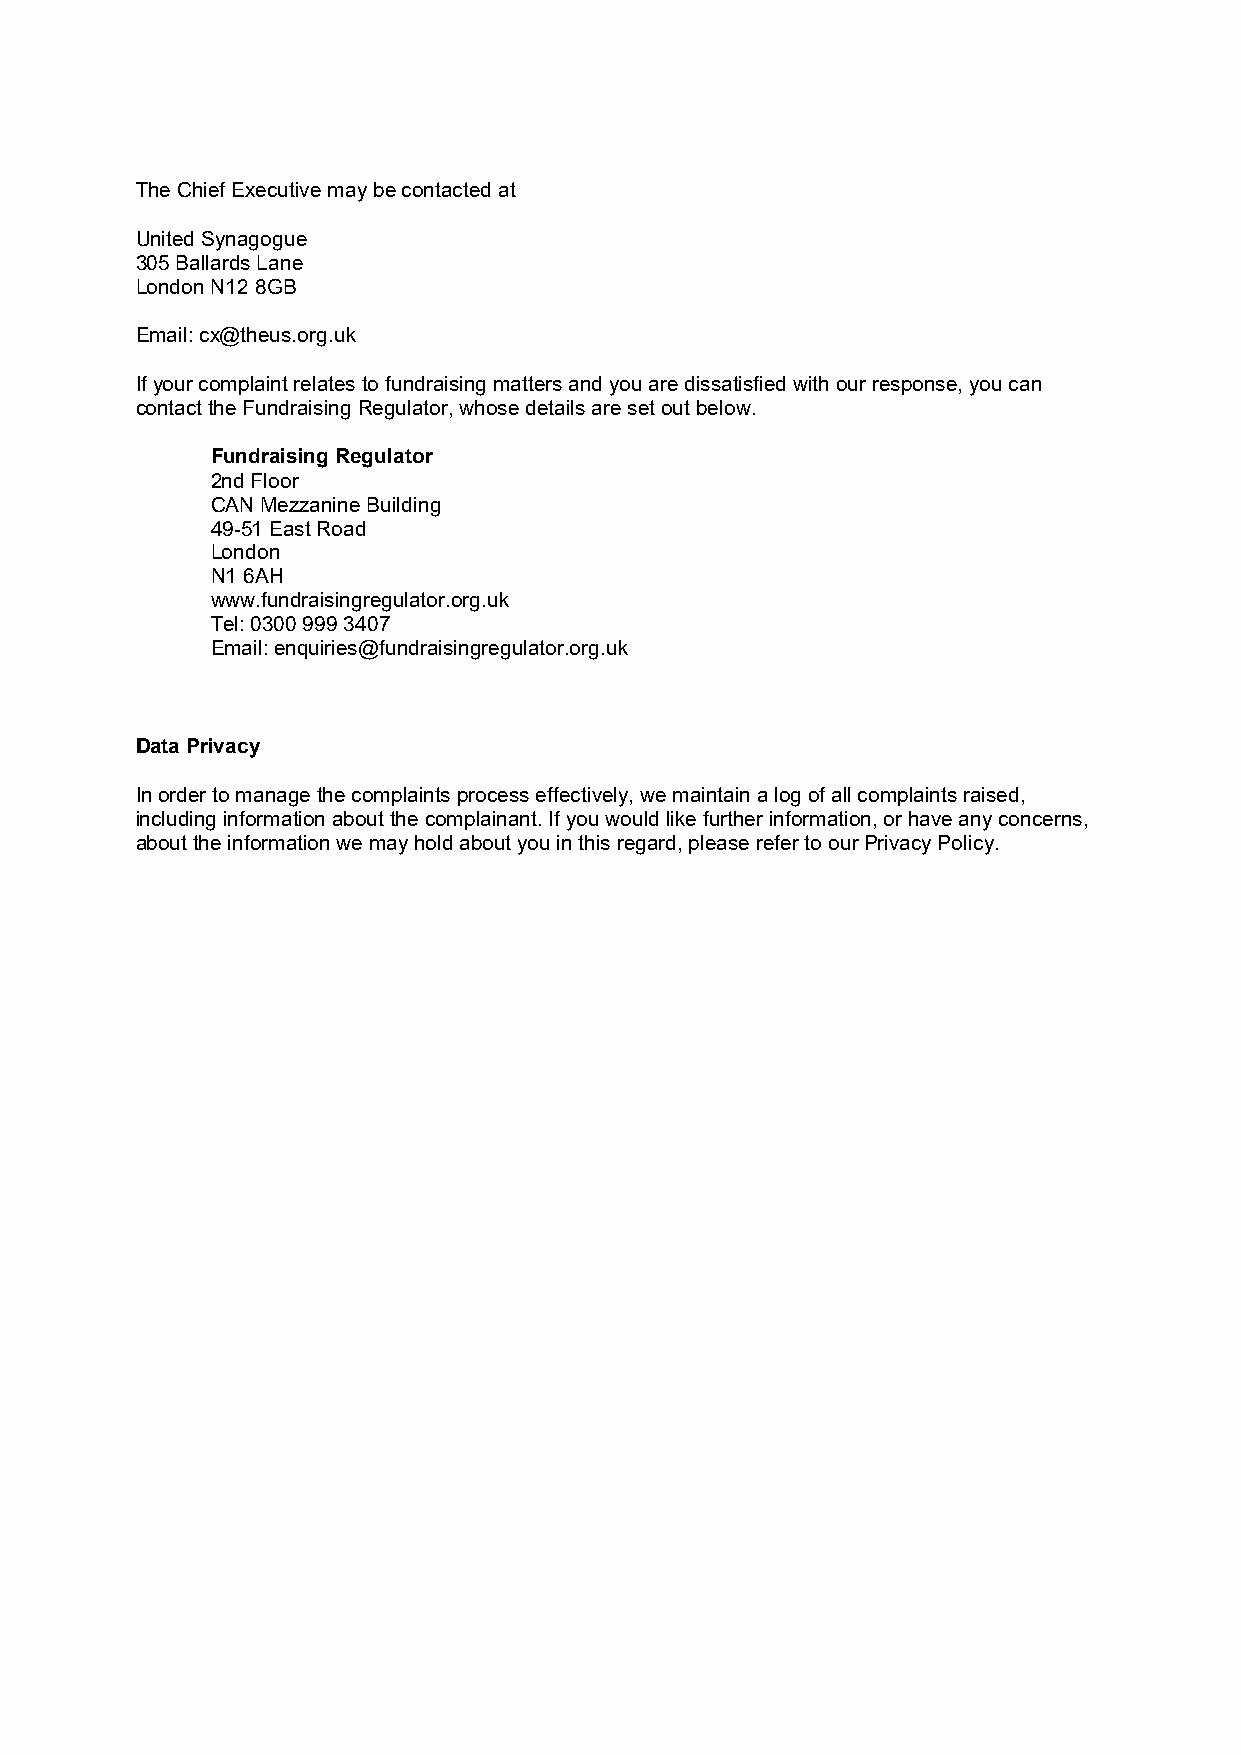
The Chief Executive may be contacted at
 United Synagogue
 305 Ballards Lane
 London N12 8GB
 Email: cx@theus.org.uk
 If your complaint relates to fundraising matters and you are dissatisfied with our response, you can
 contact the Fundraising Regulator, whose details are set out below.
 Fundraising Regulator
 2nd Floor
 CAN Mezzanine Building
 49-51 East Road
 London
 N1 6AH
 www.fundraisingregulator.org.uk
 Tel: 0300 999 3407
 Email: enquiries@fundraisingregulator.org.uk
 Data Privacy
 In order to manage the complaints process effectively, we maintain a log of all complaints raised,
 including information about the complainant. If you would like further information, or have any concerns,
 about the information we may hold about you in this regard, please refer to our Privacy Policy.